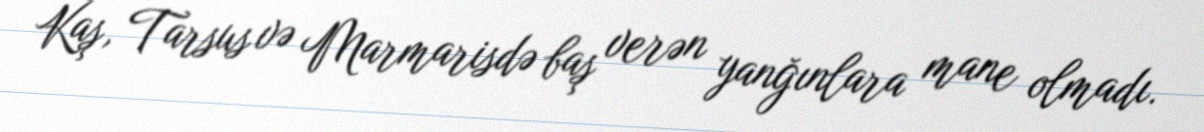
Kaş, Tarsus və Marmarisdə baş verən yanğınlara mane olmadı.